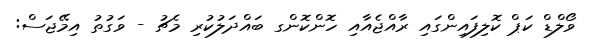
ވޯލްޑް ކަޕް ކޮލިފައިންގައި ރާއްޖެއާއި ހޮންކޮންގ ބައްދަލުކުރި މެޗު - ވަގުތު އިމޭޖަސް: